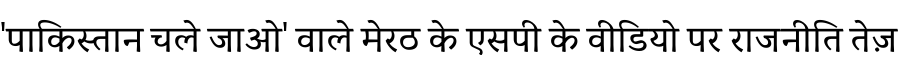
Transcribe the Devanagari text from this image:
'पाकिस्तान चले जाओ' वाले मेरठ के एसपी के वीडियो पर राजनीति तेज़